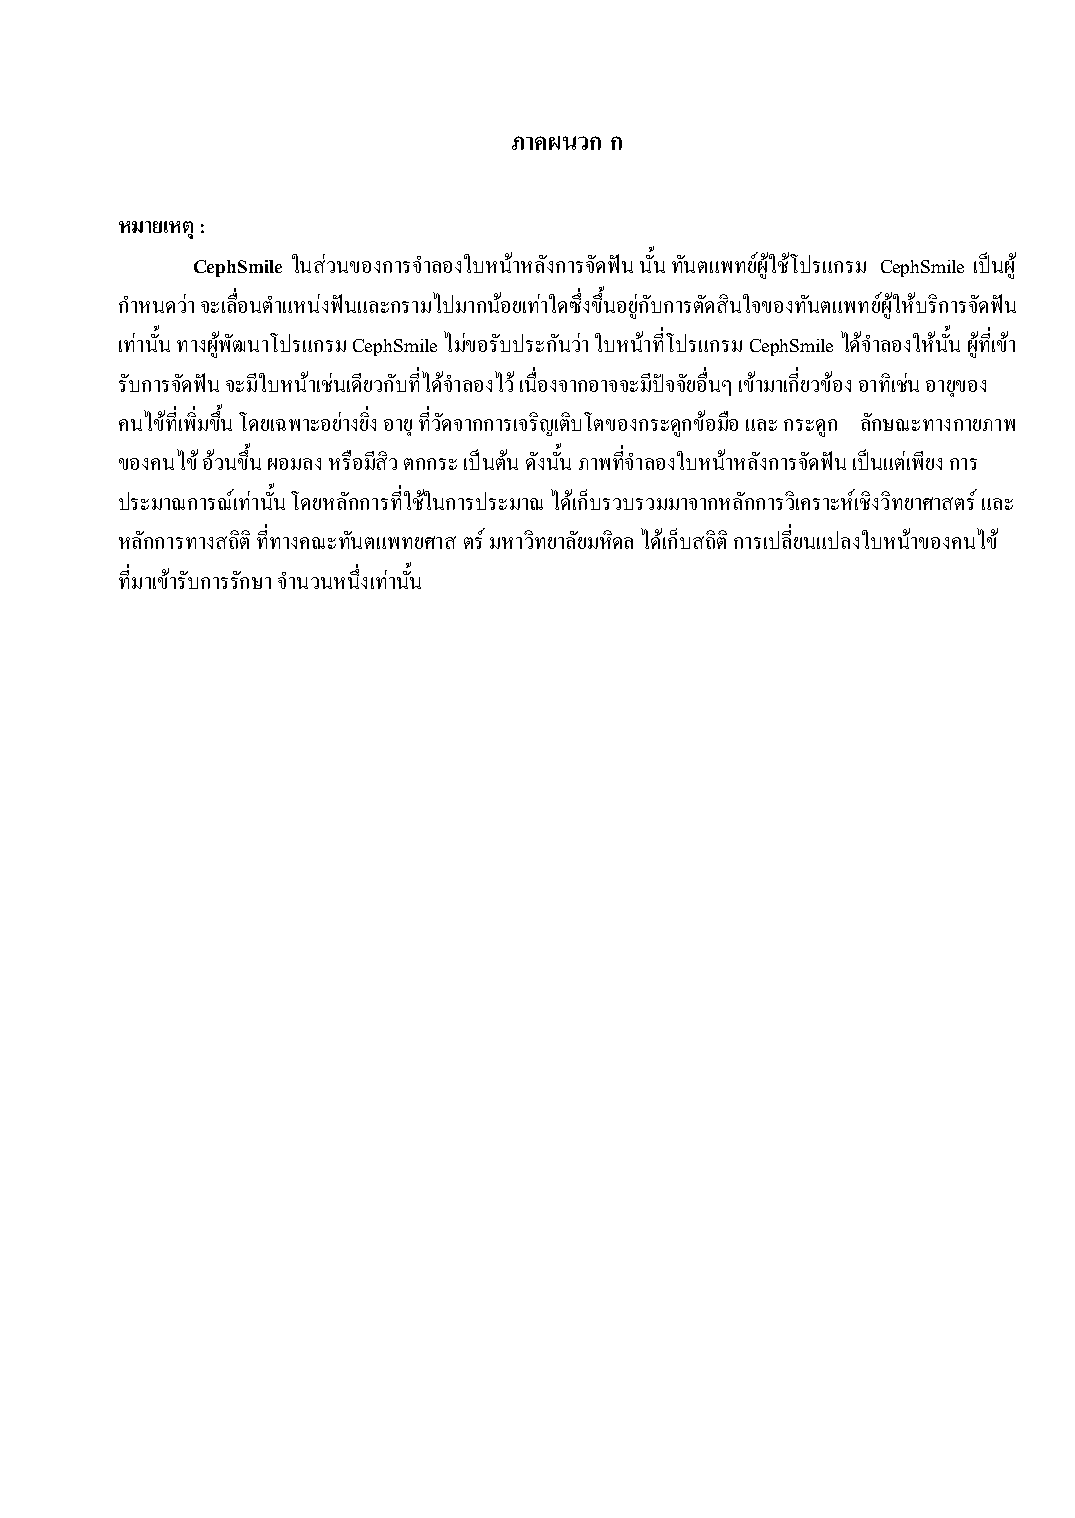
ภาคผนวก ก
 หมายเหตุ :
 CephSmile ในส่วนของการจ าลองใบหน้าหลังการจัดฟัน นั้น ทันตแพทย์ผู้ใช้โปรแกรม CephSmile เป็นผู้
 ก าหนดว่า จะเลื่อนต าแหน่งฟันและกรามไปมากน้อยเท่าใดซึ่งขึ้นอยู่กับการตัดสินใจของทันตแพทย์ผู้ให้บริการจัดฟัน
 เท่านั้น ทางผู้พัฒนาโปรแกรม CephSmile ไม่ขอรับประกันวา่ ใบหน้าที่โปรแกรม CephSmile ได้จ าลองให้นั้น ผู้ที่เข้า
 รับการจัดฟัน จะมีใบหน้าเช่นเดียวกับที่ได้จ าลองไว้ เนื่องจากอาจจะมีปัจจัยอื่นๆ เข้ามาเกี่ยวข้อง อาทิเช่น อายุของ
 คนไข้ที่เพิ่มขึ้น โดยเฉพาะอย่างยิ่ง อายุ ที่วัดจากการเจริญเติบโตของกระดูกข้อมือ และ กระดูก ลักษณะทางกายภาพ
 ของคนไข้ อ้วนขึ้น ผอมลง หรือมีสิว ตกกระ เป็นต้น ดังนั้น ภาพที่จ าลองใบหน้าหลังการจัดฟัน เป็นแต่เพียง การ
 ประมาณการณ์เท่านั้น โดยหลักการที่ใช้ในการประมาณ ได้เก็บรวบรวมมาจากหลักการวิเคราะห์เชิงวิทยาศาสตร์ และ
 หลักการทางสถิติ ที่ทางคณะทันตแพทยศาสตร์ มหาวิทยาลัยมหิดล ได้เก็บสถิติ การเปลี่ยนแปลงใบหน้าของคนไข้
 ที่มาเข้ารับการรักษา จ านวนหนึ่งเท่านั้น
 211